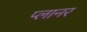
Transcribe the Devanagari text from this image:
प्‍लानर